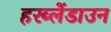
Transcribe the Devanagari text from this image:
हरब्लेंडाउन